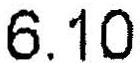
6.10